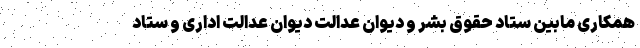
همکاری مابین ستاد حقوق بشر و دیوان عدالت دیوان عدالت اداری و ستاد